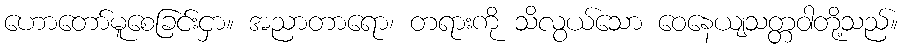
ဟောတော်မူစေခြင်းငှာ။ အညာတာရော၊ တရားကို သိလွယ်သော ဝေနေယျသတ္တဝါတို့သည်။